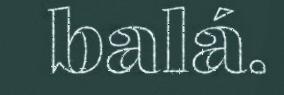
balá.